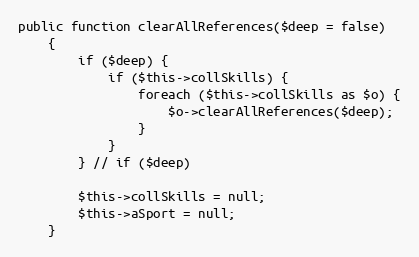
Language: PHP
public function clearAllReferences($deep = false)
    {
        if ($deep) {
            if ($this->collSkills) {
                foreach ($this->collSkills as $o) {
                    $o->clearAllReferences($deep);
                }
            }
        } // if ($deep)

        $this->collSkills = null;
        $this->aSport = null;
    }